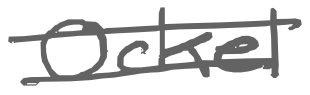
Text: Ockel
Cross-out: double-line
Writing tool: digital_gray